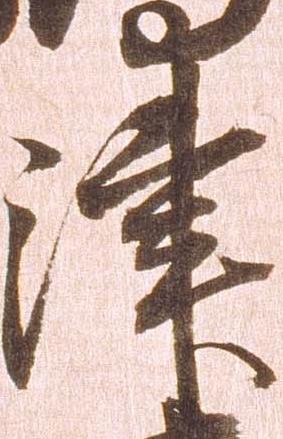
津